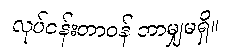
လုပ်ငန်းတာဝန် ဘာမျှမရှိ။